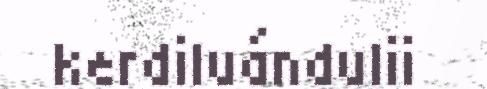
kerdiluándulii